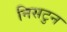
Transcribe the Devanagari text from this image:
निसटुन